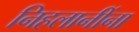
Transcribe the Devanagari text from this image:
निहलानींना